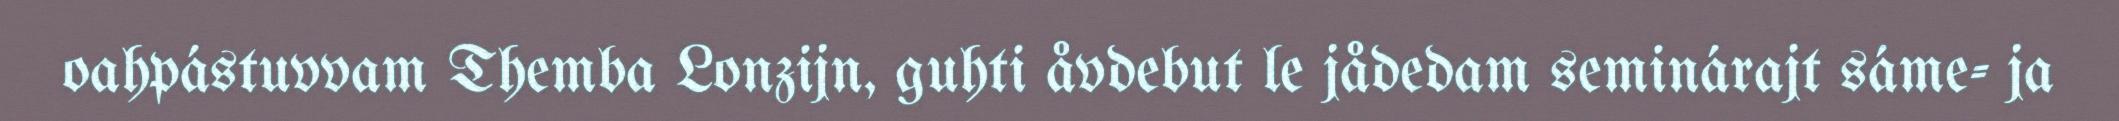
oahpástuvvam Themba Lonzijn, guhti åvdebut le jådedam seminárajt sáme- ja